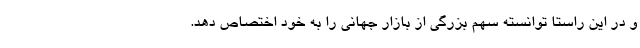
و در این راستا توانسته سهم بزرگی از بازار جهانی را به خود اختصاص دهد.